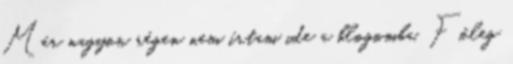
Már nagyon régen nem írtam ide a blogomba. Főleg